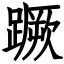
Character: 蹶